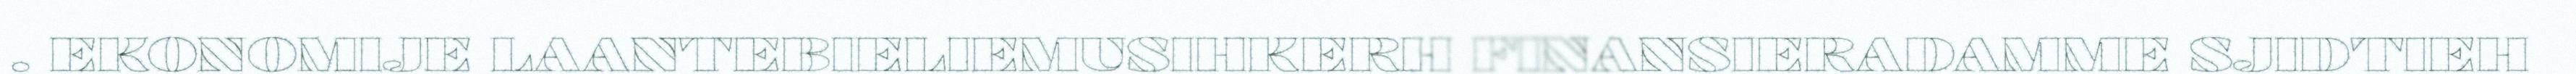
. EKONOMIJE LAANTEBIELIEMUSIHKERH FINANSIERADAMME SJIDTIEH